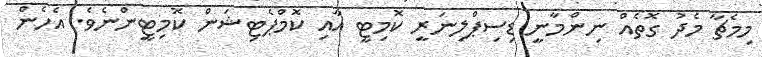
މިމެޗާ މެދު ގޮތެއް ނިންމާނީ ޑިސިޕްލިނަރީ ކޮމިޓީ އާއި ކޮމްޕެޓިޝަން ކޮމިޓީންނެވެ. އެހެން